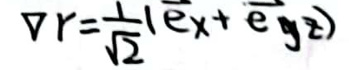
\(\nabla r = \frac{1}{\sqrt{2}} ( \vec{e}_x + \vec{e}_y )\)